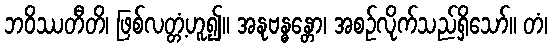
ဘဝိဿတီတိ၊ ဖြစ်လတ္တံ့ဟူ၍။ အနုဗန္ဓန္တော၊ အစဉ်လိုက်သည်ရှိသော်။ တံ၊